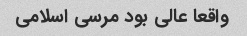
واقعا عالی بود مرسی اسلامی